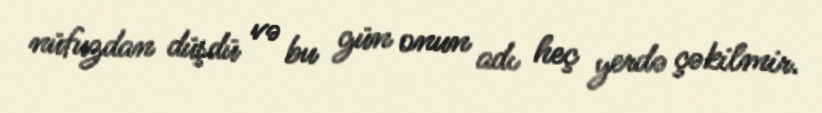
nüfuzdan düşdü və bu gün onun adı heç yerdə çəkilmir.